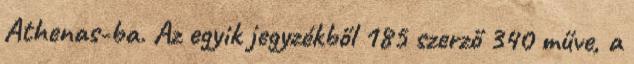
Athenas-ba. Az egyik jegyzékből 185 szerző 340 műve, a